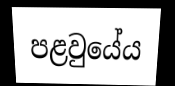
පළවුයේය